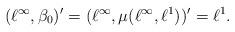
LaTeX: \begin{align*}(\ell^{\infty},\beta_{0})'=(\ell^{\infty},\mu(\ell^{\infty},\ell^{1}))'=\ell^{1}.\end{align*}